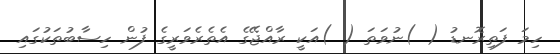
ހިމަ ފަތިރޮނޑު ( )ނުވަތަ ( )އަކީ ރާއްޖޭގެ އެތެރެވަރީގެ ފުން ހިސާބުތަކުގައި